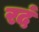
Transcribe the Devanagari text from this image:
रदं